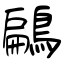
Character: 鶣